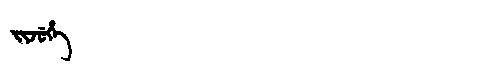
Manchu: ᠵᡳᠵᡠᡥᡝ
Romanization: JIJUHE